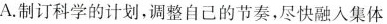
A.制订科学的计划，调整自己的节奏，尽快融入集体